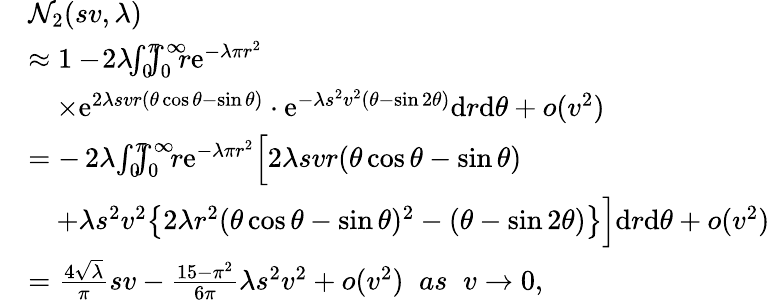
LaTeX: \begin{array}{rl}&{\mathcal{N}_{2}(sv,\lambda)}\\ &{\approx 1-\! 2\lambda\! \! \int_{0}^{\pi}\! \! \! \! \int_{0}^{\infty}\! \! \! r\mathrm{e}^{-\lambda\pi r^{2}}}\\ &{\quad\times\mathrm{e}^{2\lambda svr(\theta\cos\theta-\sin\theta)}\cdot\mathrm{e}^{-\lambda s^{2}v^{2}(\theta-\sin 2\theta)}\mathrm{d}r\mathrm{d}\theta+o(v^{2})}\\ &{=-\, 2\lambda\! \int_{0}^{\pi}\! \! \! \! \int_{0}^{\infty}\! \! r\mathrm{e}^{-\lambda\pi r^{2}}\Big[2\lambda svr(\theta\cos\theta-\sin\theta)}\\ &{\quad+\lambda s^{2}v^{2}\big\{ 2\lambda r^{2}(\theta\cos\theta-\sin\theta)^{2}-(\theta-\sin 2\theta)\big\} \Big]\mathrm{d}r\mathrm{d}\theta+o(v^{2})}\\ &{=\frac{4\sqrt{\lambda}}{\pi}sv-\frac{15-\pi^{2}}{6\pi}\lambda s^{2}v^{2}+o(v^{2})\; \; as\; \; v\rightarrow 0,}\end{array}